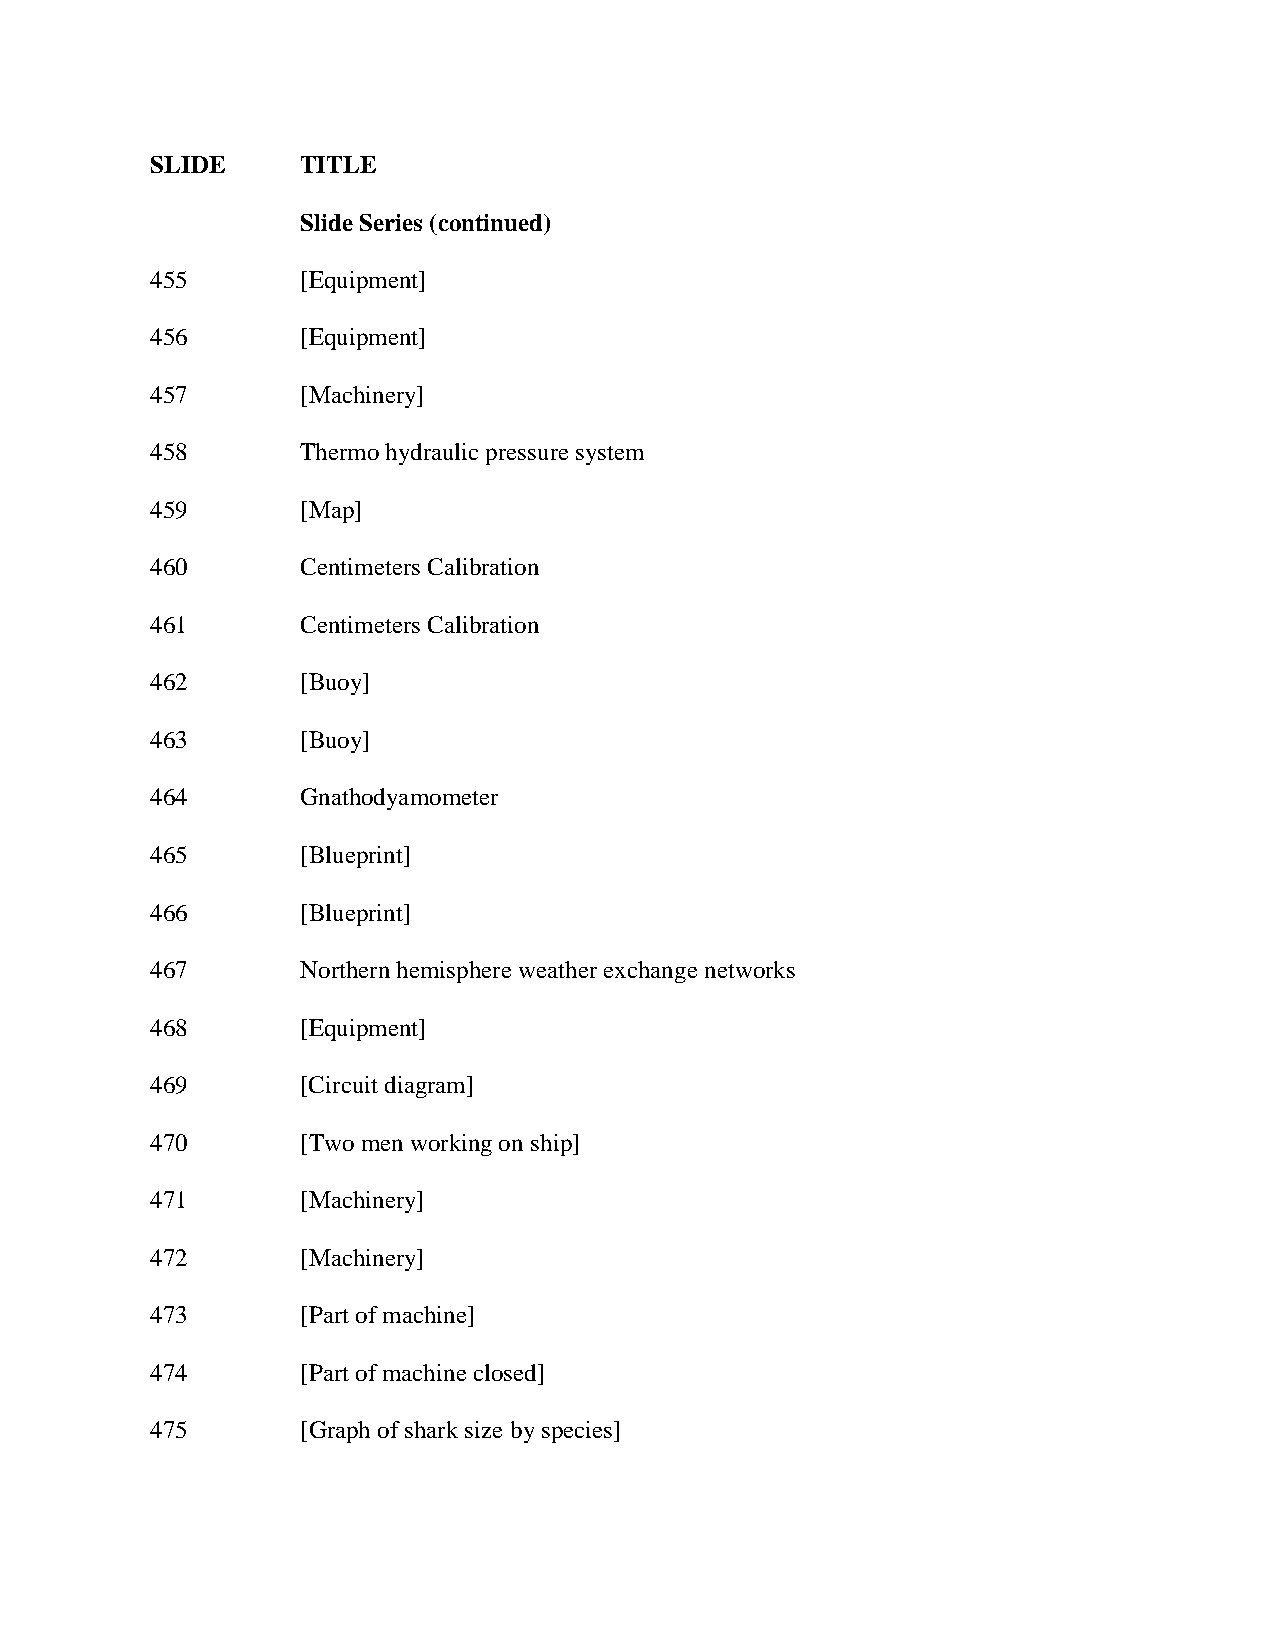
SLIDE     TITLE
 Slide Series (continued)
 455       [Equipment]
 456       [Equipment]
 457       [Machinery]
 458       Thermo hydraulic pressure system
 459       [Map]
 460       Centimeters Calibration
 461       Centimeters Calibration
 462       [Buoy]
 463       [Buoy]
 464       Gnathodyamometer
 465       [Blueprint]
 466       [Blueprint]
 467       Northern hemisphere weather exchange networks
 468       [Equipment]
 469       [Circuit diagram]
 470       [Two men working on ship]
 471       [Machinery]
 472       [Machinery]
 473       [Part of machine]
 474       [Part of machine closed]
 475       [Graph of shark size by species]